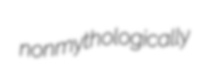
nonmythologically